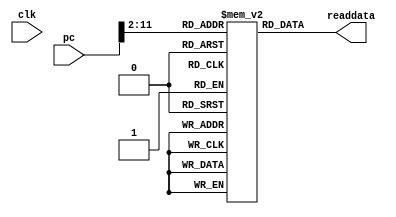
module InstructionMemory(clk,pc,readdata);

input clk;
input  [31:0] pc;
reg [31:0] Imemory [0:1023];
output reg [31:0] readdata;

initial //for testing
	begin
		   Imemory[0] = 32'h01095820; //add $t3 $t0 $t1
         Imemory[1] = 32'hAC0B0000; //sw $t3 0($zero) //Hazard here
         Imemory[2] = 32'h01696022; //sub $t4 $t3 $t1 //Hazard here
         Imemory[3] = 32'h1188FFFE; //beq $t4 $t0 -2  //Hazard here
         Imemory[4] = 32'h01095020; //add $t2 $t0 $t1

	end


always @ (pc)
	
	begin	 
	readdata <= Imemory[pc>>2];
	end			
		
endmodule